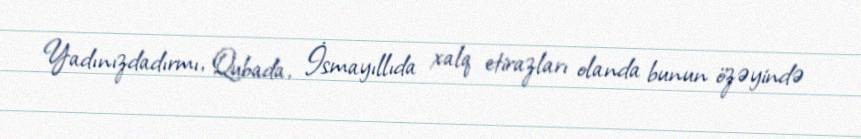
Yadınızdadırmı, Qubada, İsmayıllıda xalq etirazları olanda bunun özəyində